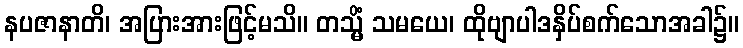
နပဇာနာတိ၊ အပြားအားဖြင့်မသိ။ တသ္မိံ သမယေ၊ ထိုဗျာပါဒနှိပ်စက်သောအခါ၌။